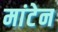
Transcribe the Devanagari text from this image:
मांटेन